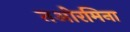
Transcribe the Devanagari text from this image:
तओरमिना